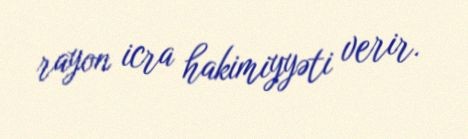
rayon icra hakimiyyəti verir.